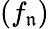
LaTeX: (f_{\mathfrak{n}})